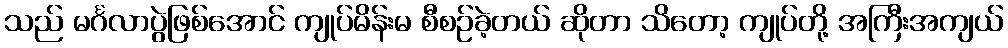
သည် မင်္ဂလာပွဲဖြစ်အောင် ကျုပ်မိန်းမ စီစဉ်ခဲ့တယ် ဆိုတာ သိတော့ ကျုပ်တို့ အကြီးအကျယ်